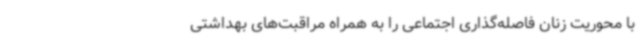
با محوریت زنان فاصله‌گذاری اجتماعی را به همراه مراقبت‌های بهداشتی